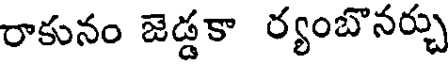
రాకునం జెడ్డకా ర్యంబొనర్చు